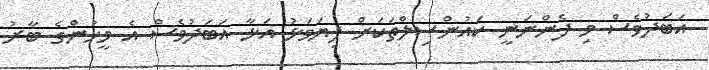
އަބަދުވެސް މި ފެންނަނީ ކައުންސިލްތަކަށް ފިޔަވަޅު އަޅާ އަބަދުވެސް އެ މީހުންގެ ބާރު